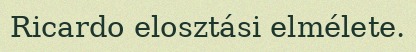
Ricardo elosztási elmélete.